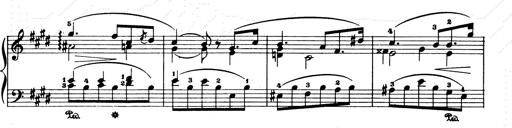
Title: Consolations and LiebestrÃ¤ume for the Piano
Composer: Franz Liszt